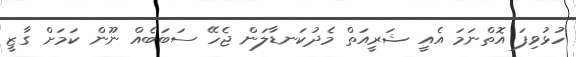
ހުޅުވިފަ އޮތްނަމަ އެއީ ޝަރީއަތް މެދުކަނޑާލަން ޖެހޭ ސަބަބެއް ނޫން ކަމަށް ގާޒީ